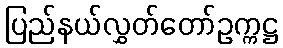
ပြည်နယ်လွှတ်တော်ဥက္ကဋ္ဌ